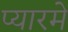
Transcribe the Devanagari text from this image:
प्यारमे